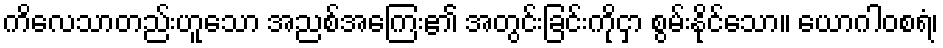
ကိလေသာတည်းဟူသော အညစ်အကြေး၏ အတွင်းခြင်းကိုငှာ စွမ်းနိုင်သော။ ယောဂါဝစရံ၊